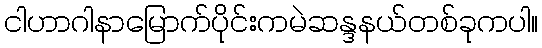
ငါဟာဂါနာမြောက်ပိုင်းကမဲဆန္ဒနယ်တစ်ခုကပါ။